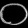
Digit: ၀